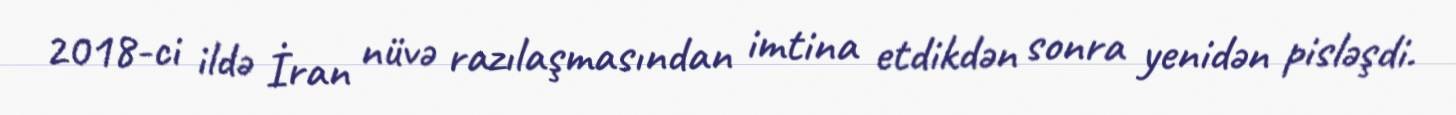
2018-ci ildə İran nüvə razılaşmasından imtina etdikdən sonra yenidən pisləşdi.